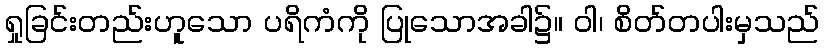
ရှုခြင်းတည်းဟူသော ပရိကံကို ပြုသောအခါ၌။ ဝါ၊ စိတ်တပါးမှသည်